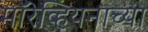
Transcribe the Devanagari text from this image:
मॉरेव्हियनाच्या